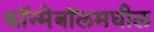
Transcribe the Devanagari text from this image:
कॉन्मेबॉलमधील